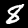
Label: 8